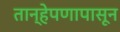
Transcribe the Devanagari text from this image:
तान्हेपणापासून